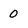
Character: 0